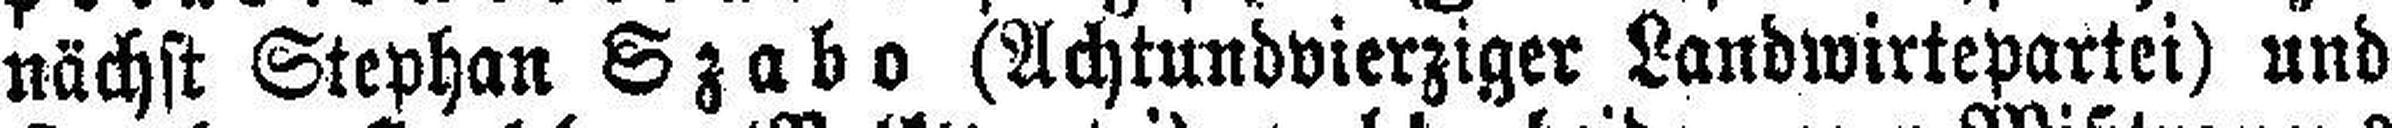
nächst Stephan Szabo (Achtundvierziger Landwirtepartei) und